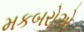
મકબરોએ